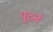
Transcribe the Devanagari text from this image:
पुटने